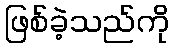
ဖြစ်ခဲ့သည်ကို